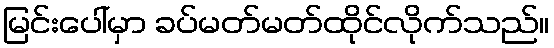
မြင်းပေါ်မှာ ခပ်မတ်မတ်ထိုင်လိုက်သည်။